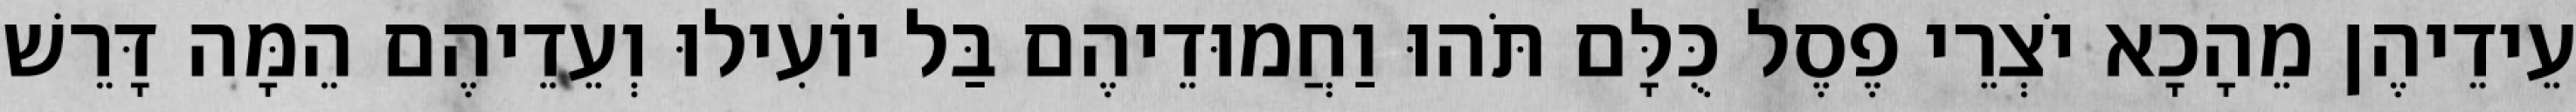
עֵידֵיהֶן מֵהָכָא יֹצְרֵי פֶסֶל כֻּלָּם תֹּהוּ וַחֲמוּדֵיהֶם בַּל יוֹעִילוּ וְעֵדֵיהֶם הֵמָּה דָּרֵשׁ